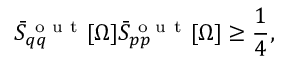
\Bar { S } _ { q q } ^ { \mathrm { ~ o ~ u ~ t ~ } } [ \Omega ] \Bar { S } _ { p p } ^ { \mathrm { ~ o ~ u ~ t ~ } } [ \Omega ] \geq \frac { 1 } { 4 } ,